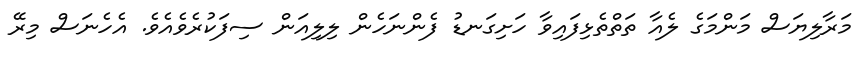
މަރާލިޔަސް މަންމަގެ ލެއާ ތަތްތެޅިފައިވާ ހަށިގަނޑު ފެންނަހެން ލިލިއަން ސިފަކުރެވެއެވެ. އެހެނަސް މިރޭ